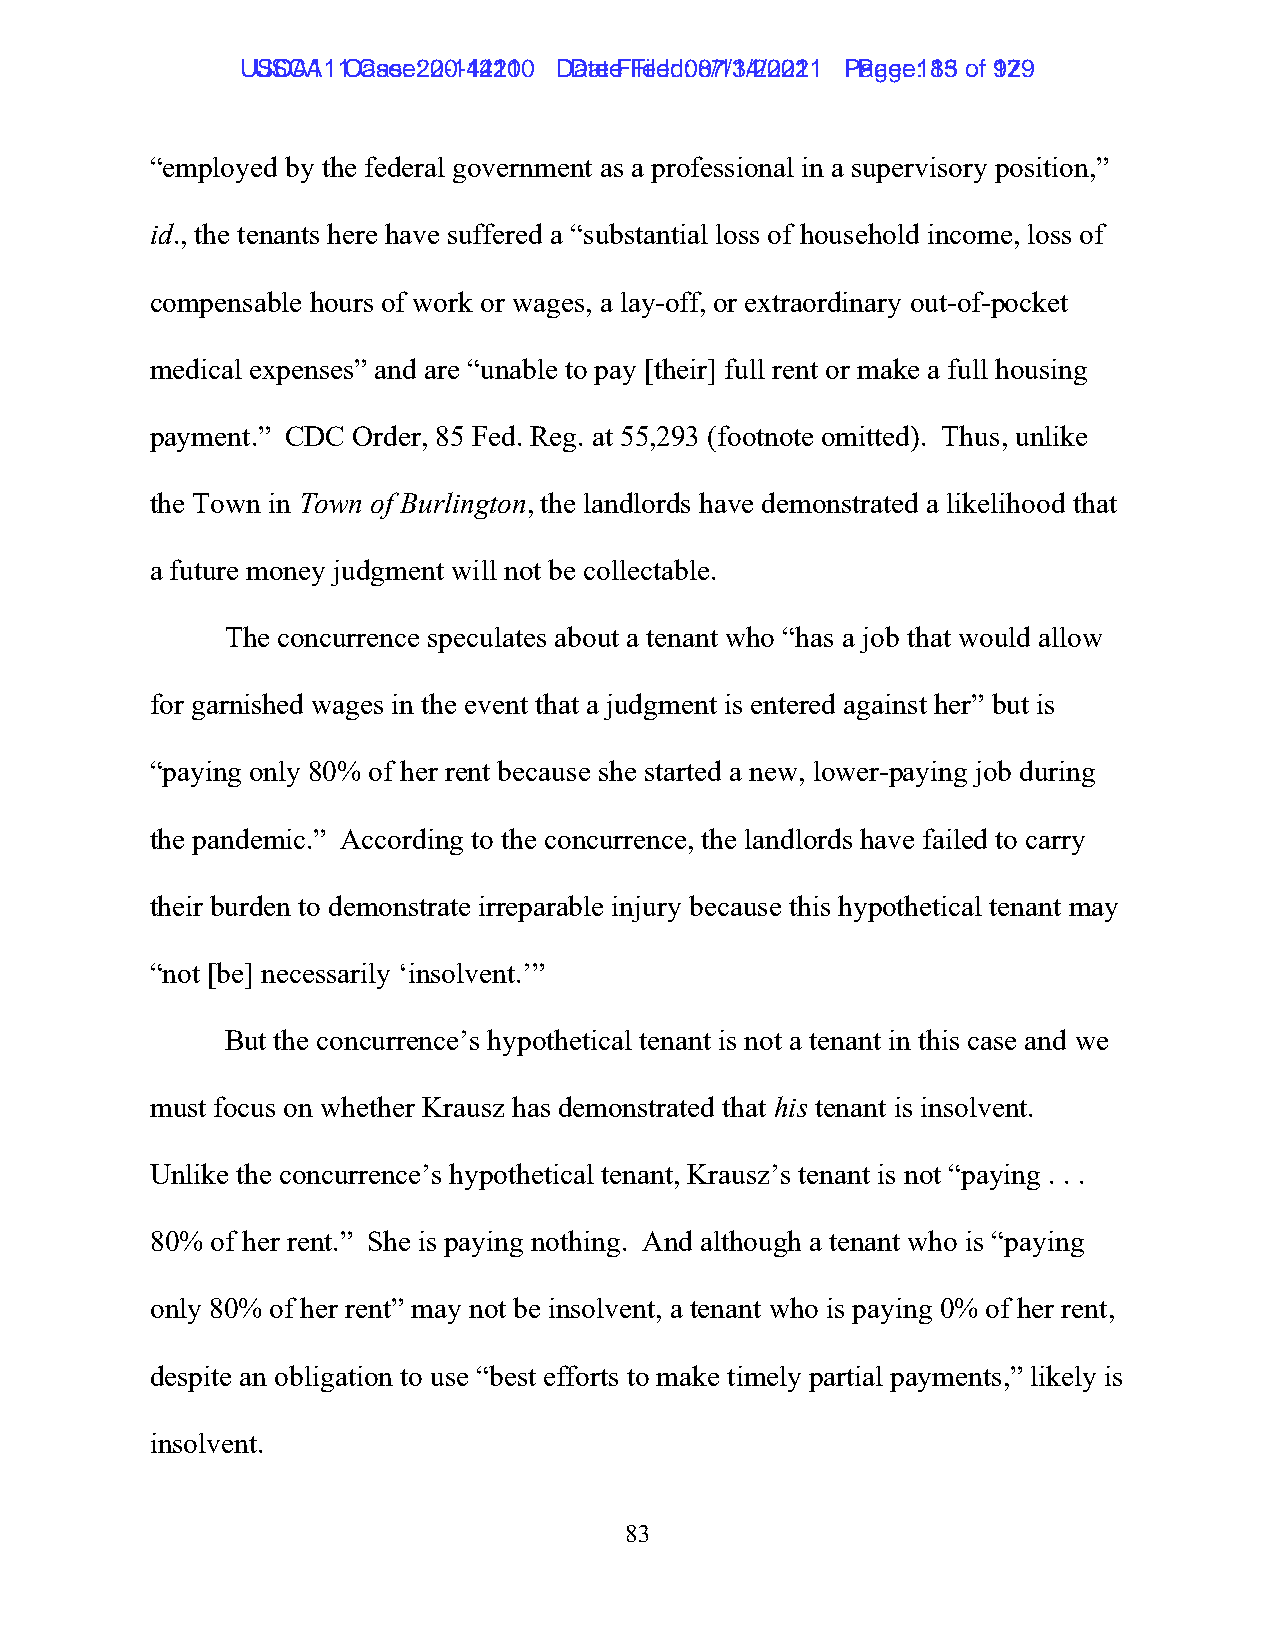
UUSSCCAA1111 C Caasese: :2 200-1-144221100 D Daatete F Fileiledd: :0 087/1/134/2/2002211 P Paaggee: :1 8135 ooff 9172 9
 “employed by the federal government as a professional in a supervisory position,”
 id., the tenants here have suffered a “substantial loss of household income, loss of
 compensable hours of work or wages, a lay-off, or extraordinary out-of-pocket
 medical expenses” and are “unable to pay [their] full rent or make a full housing
 payment.” CDC Order, 85 Fed. Reg. at 55,293 (footnote omitted). Thus, unlike
 the Town in Town of Burlington, the landlords have demonstrated a likelihood that
 a future money judgment will not be collectable.
 The concurrence speculates about a tenant who “has a job that would allow
 for garnished wages in the event that a judgment is entered against her” but is
 “paying only 80% of her rent because she started a new, lower-paying job during
 the pandemic.” According to the concurrence, the landlords have failed to carry
 their burden to demonstrate irreparable injury because this hypothetical tenant may
 “not [be] necessarily ‘insolvent.’”
 But the concurrence’s hypothetical tenant is not a tenant in this case and we
 must focus on whether Krausz has demonstrated that his tenant is insolvent.
 Unlike the concurrence’s hypothetical tenant, Krausz’s tenant is not “paying . . .
 80% of her rent.” She is paying nothing. And although a tenant who is “paying
 only 80% of her rent” may not be insolvent, a tenant who is paying 0% of her rent,
 despite an obligation to use “best efforts to make timely partial payments,” likely is
 insolvent.
 83